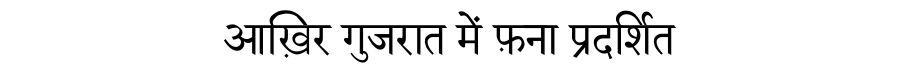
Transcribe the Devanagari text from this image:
आख़िर गुजरात में फ़ना प्रदर्शित